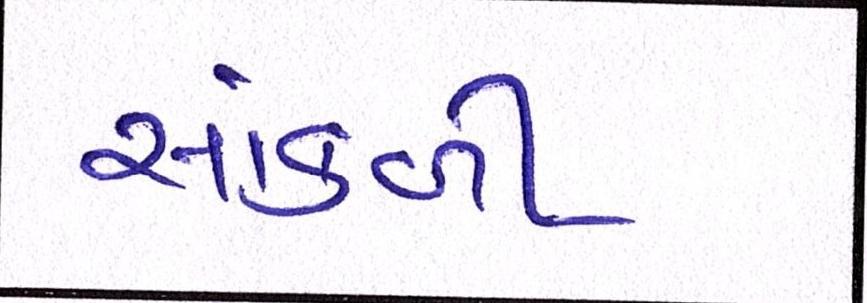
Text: સાંકળી